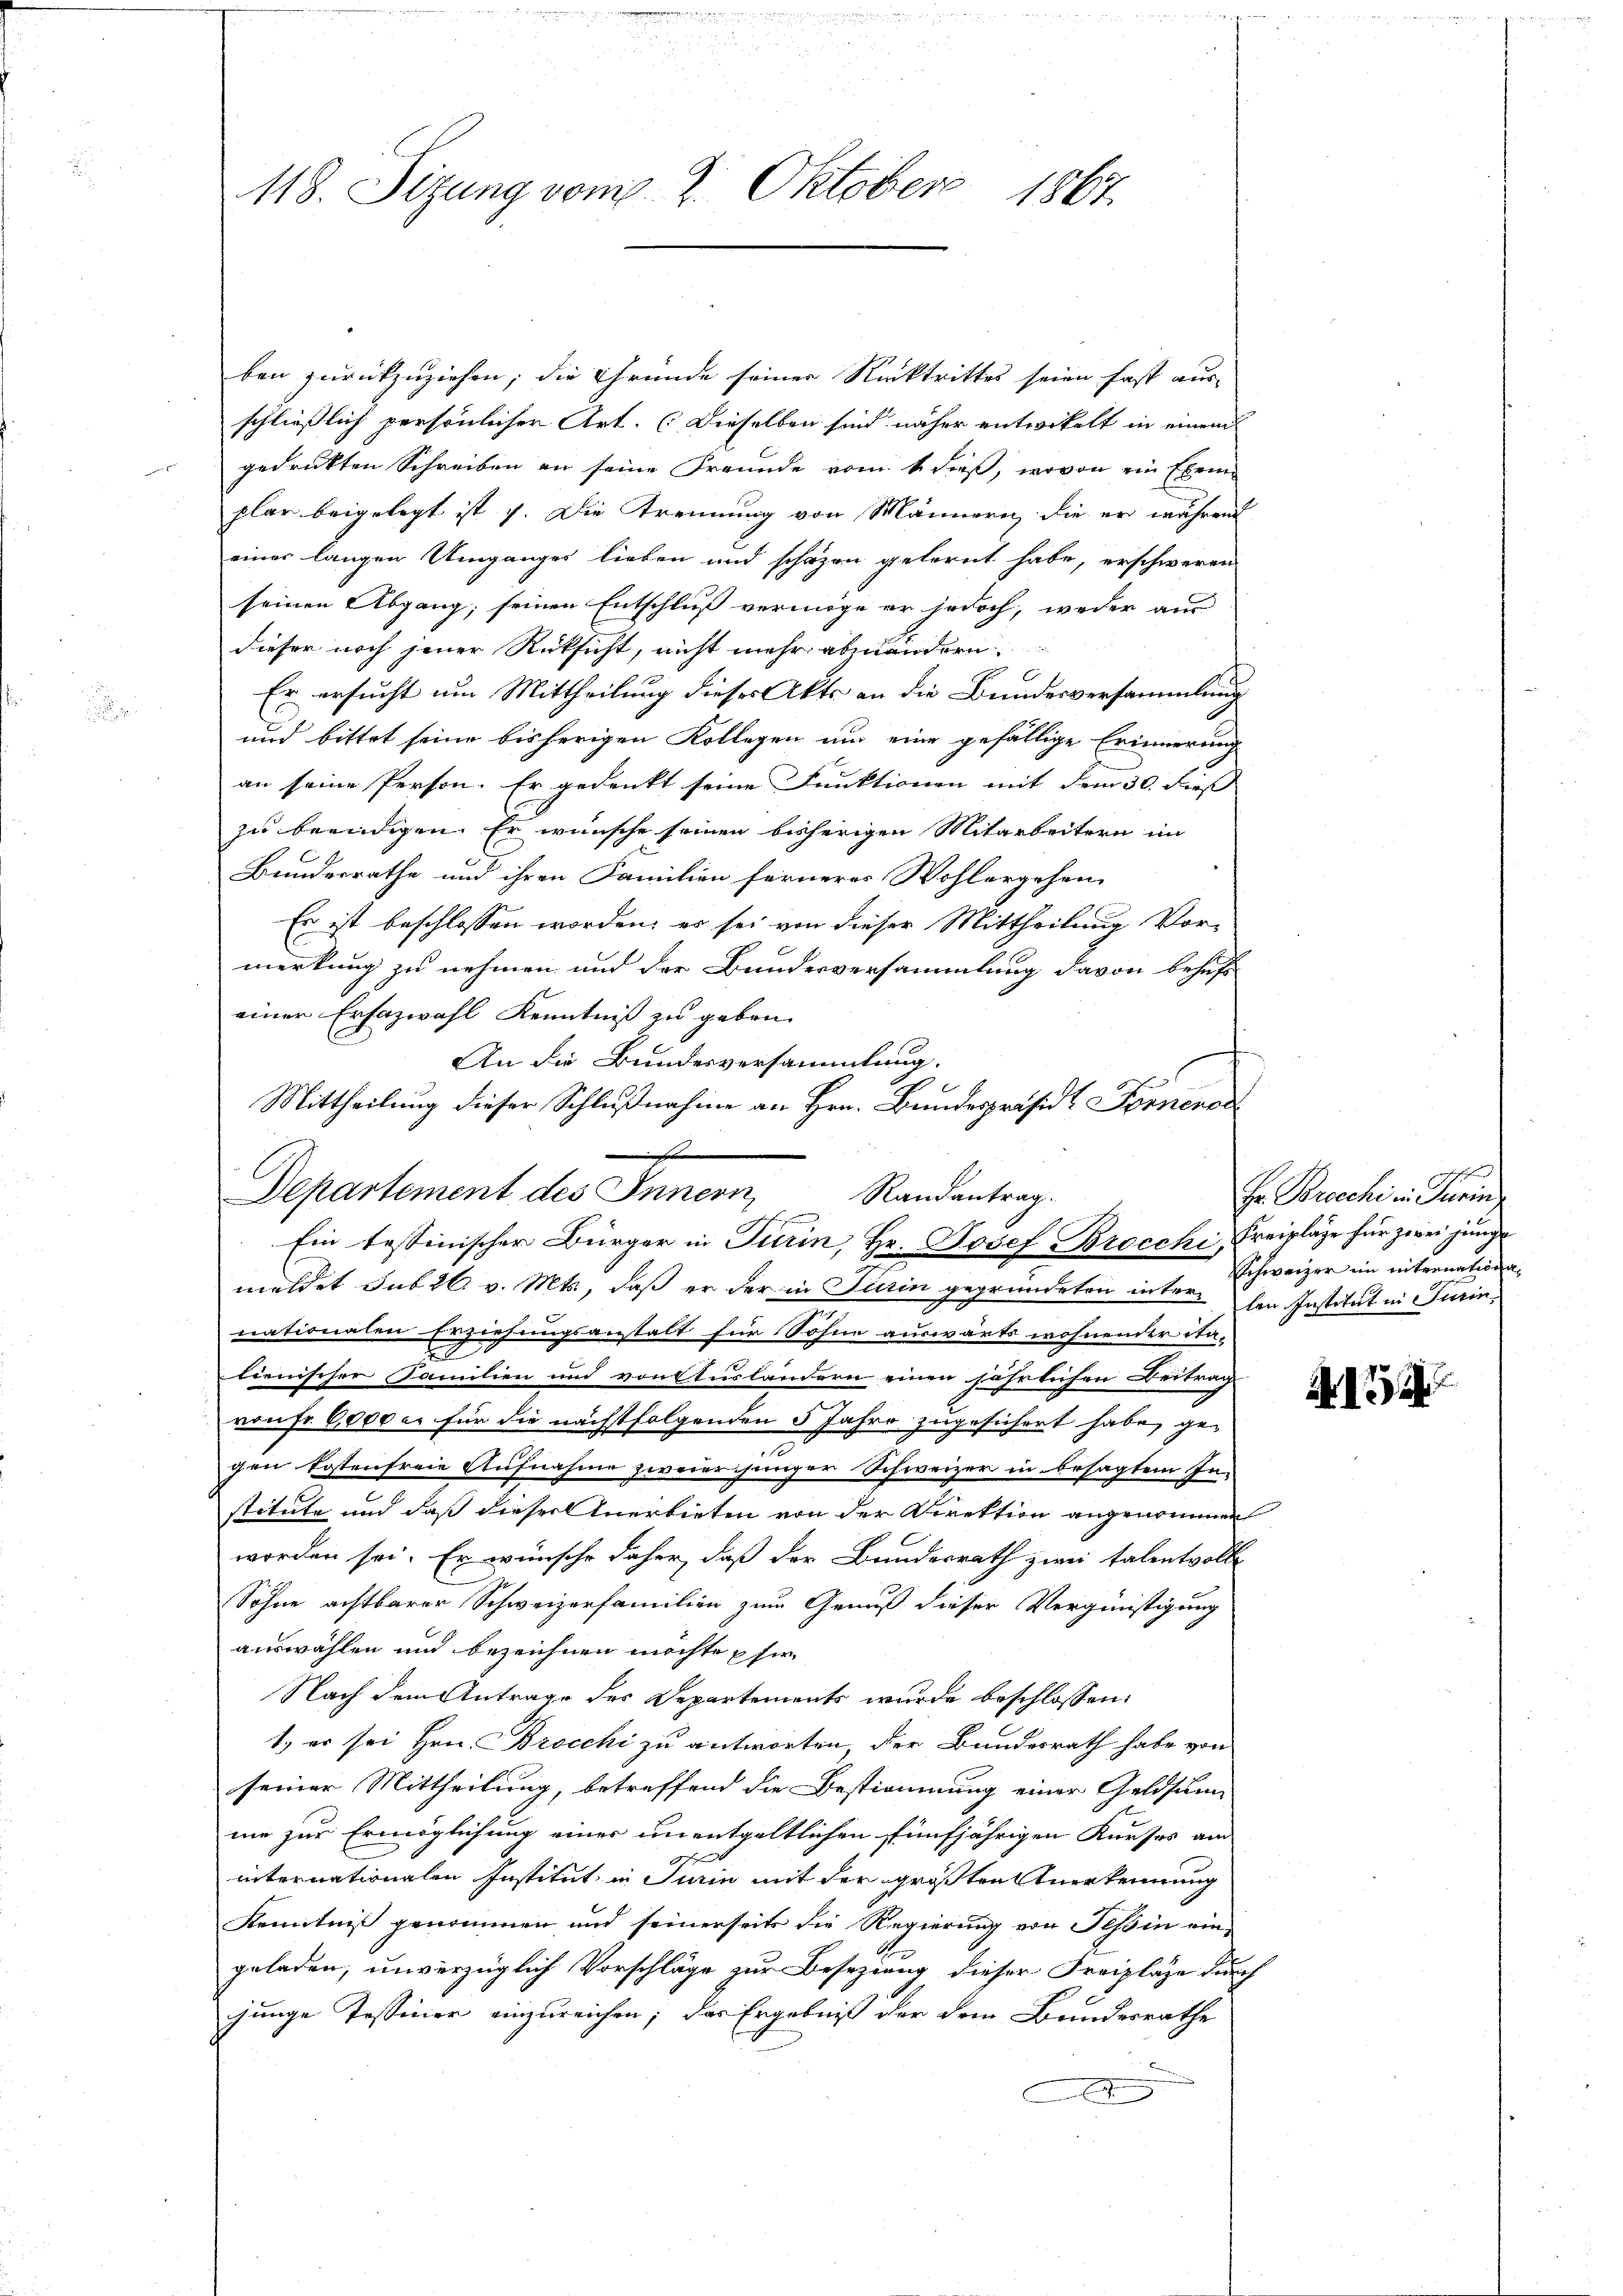
118. Sizung vom 2. Oktober 1867.

Departement des Innern, Randantrag.
Ein testinischer Bürger in Turin, Hr. Josef Brocchi, Freipläge für zwei junge

ben zurückzuziehen; die Gründe seiner Rücktrittes seien fast aus-
schließlich persönlicher Art. (Dieselben sind näher entwickelt in einem
gedrukten Schreiben an seine Freunde vom 1. dieß, wovon ein Exem
plar beigelegt ist 7. Die Trennung von Männern, die er währen
einer langen Umganges lieben und schafen gelernt habe, erschweren
seinen Abgang, seinen Entschluß vermöge er jedoch, weder aus
dieser noch jener Rücksicht, nicht mehr abzuändern:
C
Er ersucht um Mittheilung dieses Akts an die Bundesversammlung
und bittet seine bisherigen Kollegen und eine gefällige Erinnerung
an seine Person. Er gedenkt seine Funktionen mit dem 30. dies
zu beendigen. Er wünsche seinen bisherigen Mitarbeitern im
Bundesrathe und ihren Familien ferneres Wohlergehen,
Es ist beschlossen worden; er sei von dieser Mittheilung Vor-
merkung zu nehmen und der Bundesversammlung davon behuf
einer Erfazwahl Kenntniß zu geben.
An die Bundesversammlung.
Mittheilung dieser Schlußnahme an Hrn. Bundespräsidt. Fernerer
s

meldet sub 26. v. Mts., daß er der in Turin gegründeten inter den Institut in Turinnationalen Erziehungsanstalt für Sohne auswärts wohnender Sta-
.
t
lienischer Familien und von Ausländern einen jährlichen Beitrag
von Fr. 6000 er für die nächstfolgenden 5 Jahre zugesichert habe, ge-
gen kostenfreie Aufnahme zweier junger Schweizer in besagtem Institute und daß dieser Anerbieten von der Direktion angenommen
worden sei. Er wünsche daher, daß der Bundesrath zwei talentvoll
Sohne achtbarer Schweizerfamilien zum Genuß dieser Vergünstigung
auswählen und bezeichnen möchte sie
Nach dem Antrage des Departements wurde beschlossen:
1. er sei Hrn. Brocchi zu antworten, der Bundesrath habe von
seiner Mittheilung, betreffend die Bestimmung einer Geldsum
me zur Ermöglichung eines unentgeltlichen fünfjährigen Kurses am
internationalen Institut in Turin mit der größten Anerkennung
Kenntniß genommen und seinerseits die Regierung von Tessin ein-
1
geladen, unverzüglich Vorschläge zur Besezung dieser Freipläge durch
junge Tessiner einzureichen; das Ergebniß der dem Bundesrathe
.

schehend
Hr. Brocchi in Turin
Schweizer im internationa¬

A 15